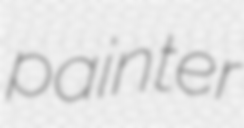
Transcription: painter